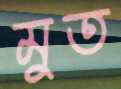
মুত